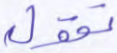
تقوله